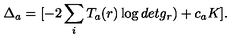
\Delta _ { a } = [ - 2 \sum _ { i } T _ { a } ( r ) \log d e t g _ { r } ) + c _ { a } K ] .